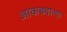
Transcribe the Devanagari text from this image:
आकड्याला